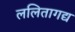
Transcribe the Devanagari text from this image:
ललितागद्य